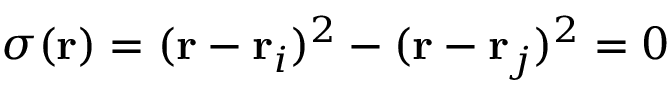
\sigma ( \mathbf { r } ) = ( \mathbf { r } - \mathbf { r } _ { i } ) ^ { 2 } - ( \mathbf { r } - \mathbf { r } _ { j } ) ^ { 2 } = 0